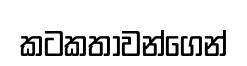
කටකතාවන්ගෙන්